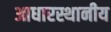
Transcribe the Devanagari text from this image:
आधारस्थानीय